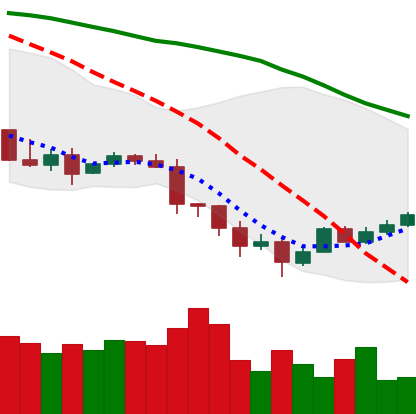
Ticker: TRX-USD
Chart end date: 2022-01-16
Forward return: -12.83%
Label: down_7plus